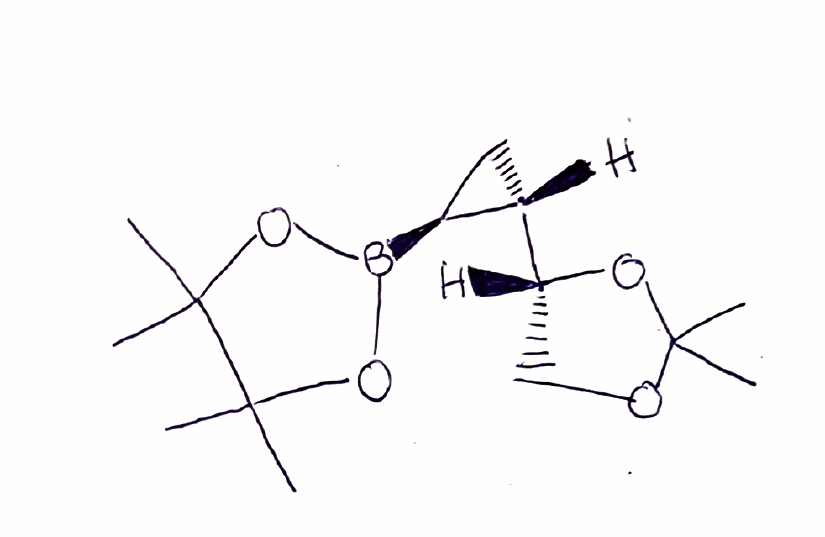
Simplified molecular-input line-entry system (SMILES) notation of the given molecule:
B1(OC(C(O1)(C)C)(C)C)[C@H]2C[C@@H]2[C@H]3COC(O3)(C)C